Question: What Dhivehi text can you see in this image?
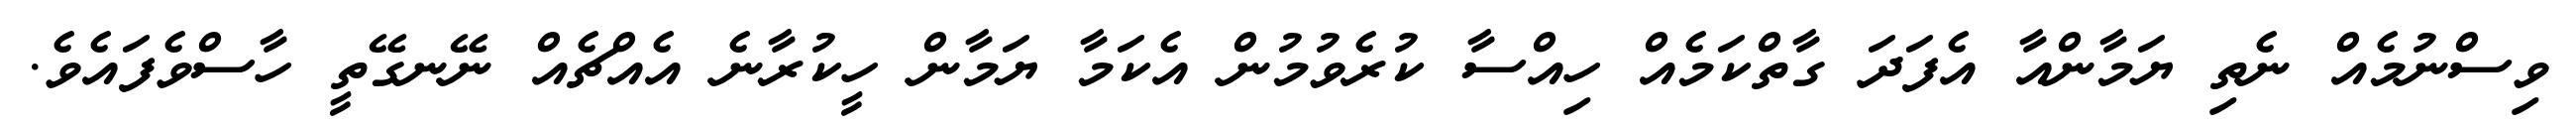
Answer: ވިސްނުމެއް ނެތި ޔަމާންއާ އެފަދަ ގާތްކަމެއް ހިއްސާ ކުރެވުމުން އެކަމާ ޔަމާން ހީކުރާނެ އެއްޗެއް ނޭނގޭތީ ހާސްވެފައެވެ.